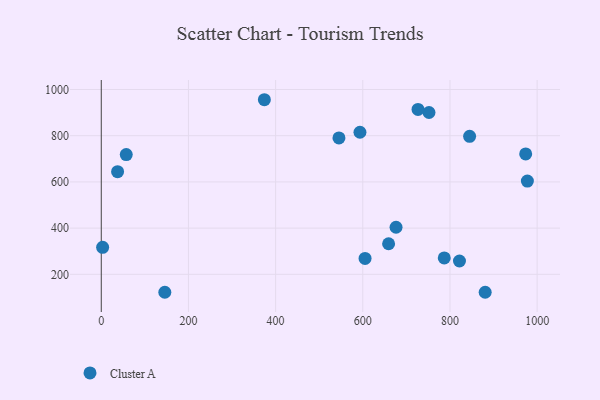
{"axis": {"x": "Price", "y": "Yield"}, "legend": ["Cluster A"], "data": [{"x": "751.9", "y": 900.5, "type": "Cluster A"}, {"x": "845.1", "y": 797.3, "type": "Cluster A"}, {"x": "57.3", "y": 718.3, "type": "Cluster A"}, {"x": "786.9", "y": 270.7, "type": "Cluster A"}, {"x": "605.2", "y": 268.9, "type": "Cluster A"}, {"x": "726.7", "y": 913.6, "type": "Cluster A"}, {"x": "977.6", "y": 603.8, "type": "Cluster A"}, {"x": "145.8", "y": 122.2, "type": "Cluster A"}, {"x": "880.8", "y": 122.4, "type": "Cluster A"}, {"x": "374.2", "y": 955.8, "type": "Cluster A"}, {"x": "659.2", "y": 332.3, "type": "Cluster A"}, {"x": "973.7", "y": 721.3, "type": "Cluster A"}, {"x": "593.5", "y": 814.9, "type": "Cluster A"}, {"x": "3.1", "y": 316.8, "type": "Cluster A"}, {"x": "545.3", "y": 790.4, "type": "Cluster A"}, {"x": "37.4", "y": 644.1, "type": "Cluster A"}, {"x": "821.8", "y": 257.7, "type": "Cluster A"}, {"x": "676.3", "y": 403.7, "type": "Cluster A"}]}